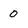
Character: 0